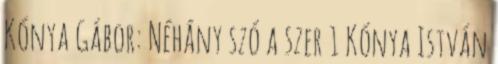
Kónya Gábor: Néhány szó a szer 1 Kónya István